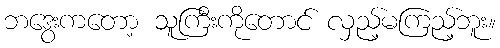
ဘဒွေးကတော့ သူကြီးကိုတောင် လှည့်မကြည့်ဘူး။